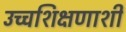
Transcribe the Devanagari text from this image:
उच्चशिक्षणाशी